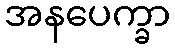
အနပေက္ခာ